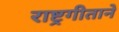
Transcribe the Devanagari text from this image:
राष्ट्रगीताने